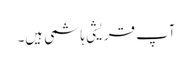
آپ قریشی ہاشمی ہیں۔